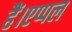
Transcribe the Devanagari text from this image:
हैं।एप्पल